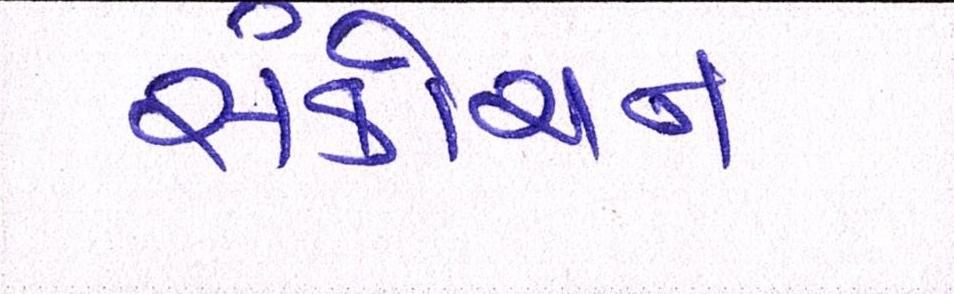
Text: સંકોચન